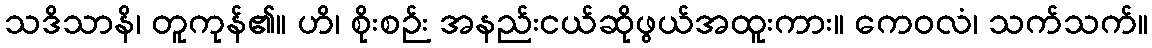
သဒိသာနိ၊ တူကုန်၏။ ဟိ၊ စိုးစဉ်း အနည်းငယ်ဆိုဖွယ်အထူးကား။ ကေဝလံ၊ သက်သက်။